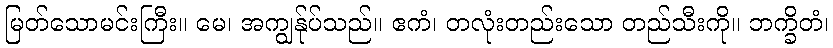
မြတ်သောမင်းကြီး။ မေ၊ အကျွန်ုပ်သည်။ ဧကံ၊ တလုံးတည်းသော တည်သီးကို။ ဘက္ခိတံ၊